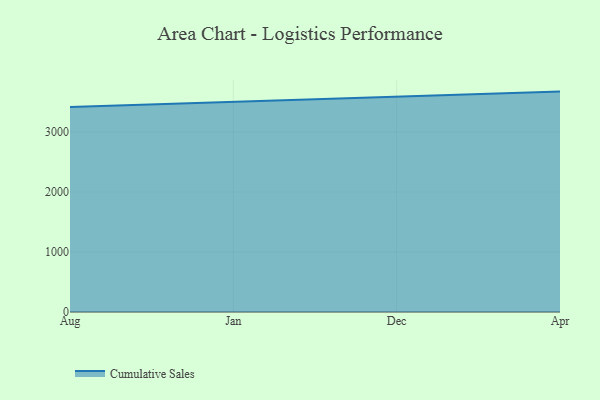
{"axis": {"x": "Month", "y": "Conversion Rate (%)"}, "legend": ["Cumulative Sales"], "data": [{"x": "Aug", "y": 3415.3, "type": "Cumulative Sales"}, {"x": "Jan", "y": 3500.3, "type": "Cumulative Sales"}, {"x": "Dec", "y": 3591.1, "type": "Cumulative Sales"}, {"x": "Apr", "y": 3672.0, "type": "Cumulative Sales"}]}